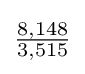
{\tfrac {8,148}{3,515}}